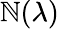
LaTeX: \mathbb{N}(\lambda)